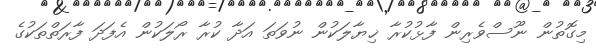
މިގޮތުން ނޫސްވެރިން ފާޅުކުރާ ޚިޔާލަކުން ނުވަތަ އަދާ ކުރާ ރޯލަކުން އެފަދަ ފާރަތްތަކުގެ